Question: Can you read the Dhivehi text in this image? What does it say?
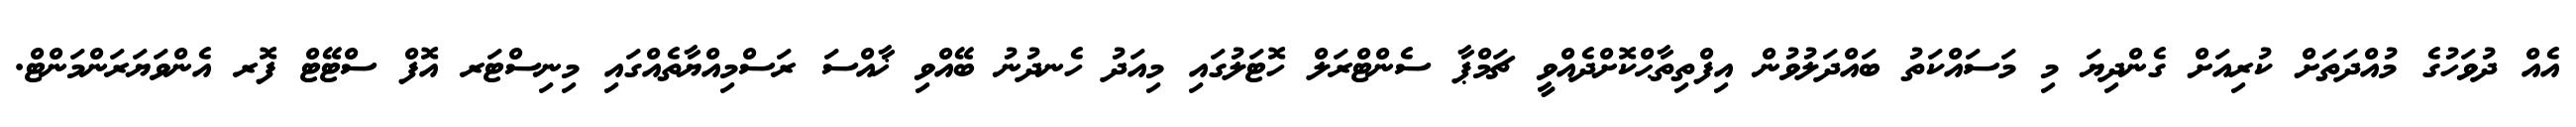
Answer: އެއް ދުވަހުގެ މުއްދަތަށް ކުރިއަށް ގެންދިޔަ މި މަސައްކަތު ބައްދަލުވުން އިފްތިތާޙްކޮށްދެއްވީ ޗަމްޕާ ސެންޓްރަލް ހޮޓަލުގައި މިއަދު ހެނދުނު ބޭއްވި ޚާއްސަ ރަސްމިއްޔާތެއްގައި މިނިސްޓަރ އޮފް ސްޓޭޓް ފޮރ އެންވަޔަރަންމަންޓް.